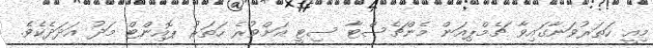
މިއީ ހަތަރުވަނާގައިވާ ޗެމްޕިއަން މެންޗެސްޓާ ސިޓީ އަށްވުރެ ހަތަރު ޕޮއިންޓް މަދު އަދަދެކެވެ.